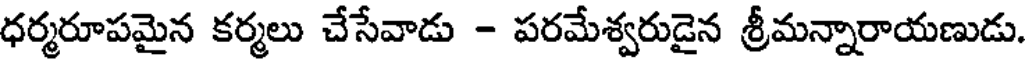
ధర్మరూపమైన కర్మలు చేసేవాడు - పరమేశ్వరుడైన శ్రీమన్నారాయణుడు.